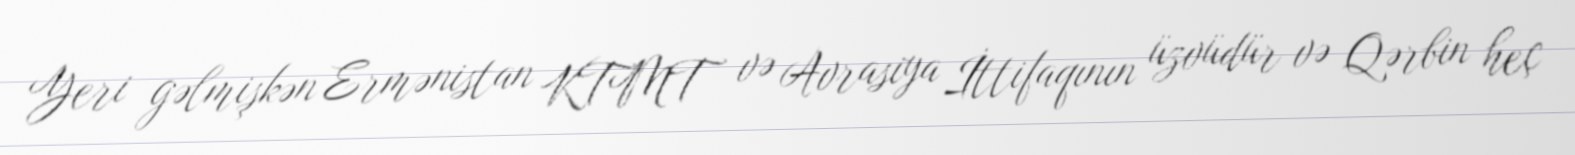
Yeri gəlmişkən Ermənistan KTMT və Avrasiya İttifaqının üzvüdür və Qərbin heç